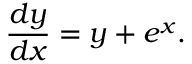
{ \frac { d y } { d x } } = y + e ^ { x } .